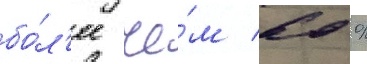
бо́л'ее че́м 60 %